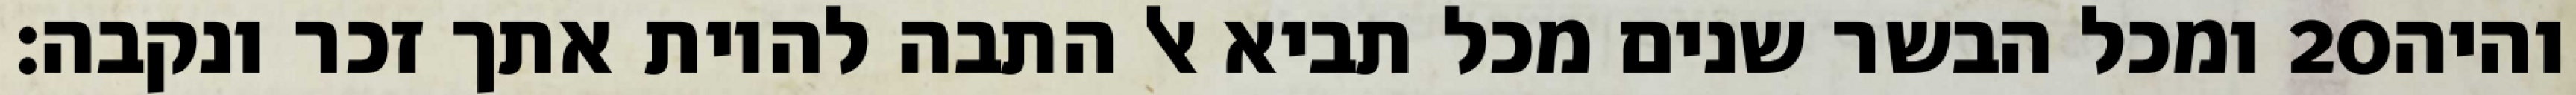
ומכל הבשר שנים מכל תביא אל התבה להיות אתך זכר ונקבה׃ ‎20‏ והיה